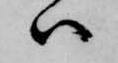
ハ